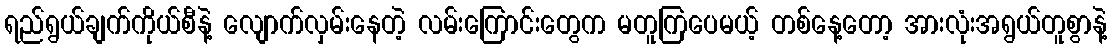
ရည်ရွယ်ချက်ကိုယ်စီနဲ့ လျောက်လှမ်းနေတဲ့ လမ်းကြောင်းတွေက မတူကြပေမယ့် တစ်နေ့တော့ အားလုံးအရွယ်တူစွာနဲ့